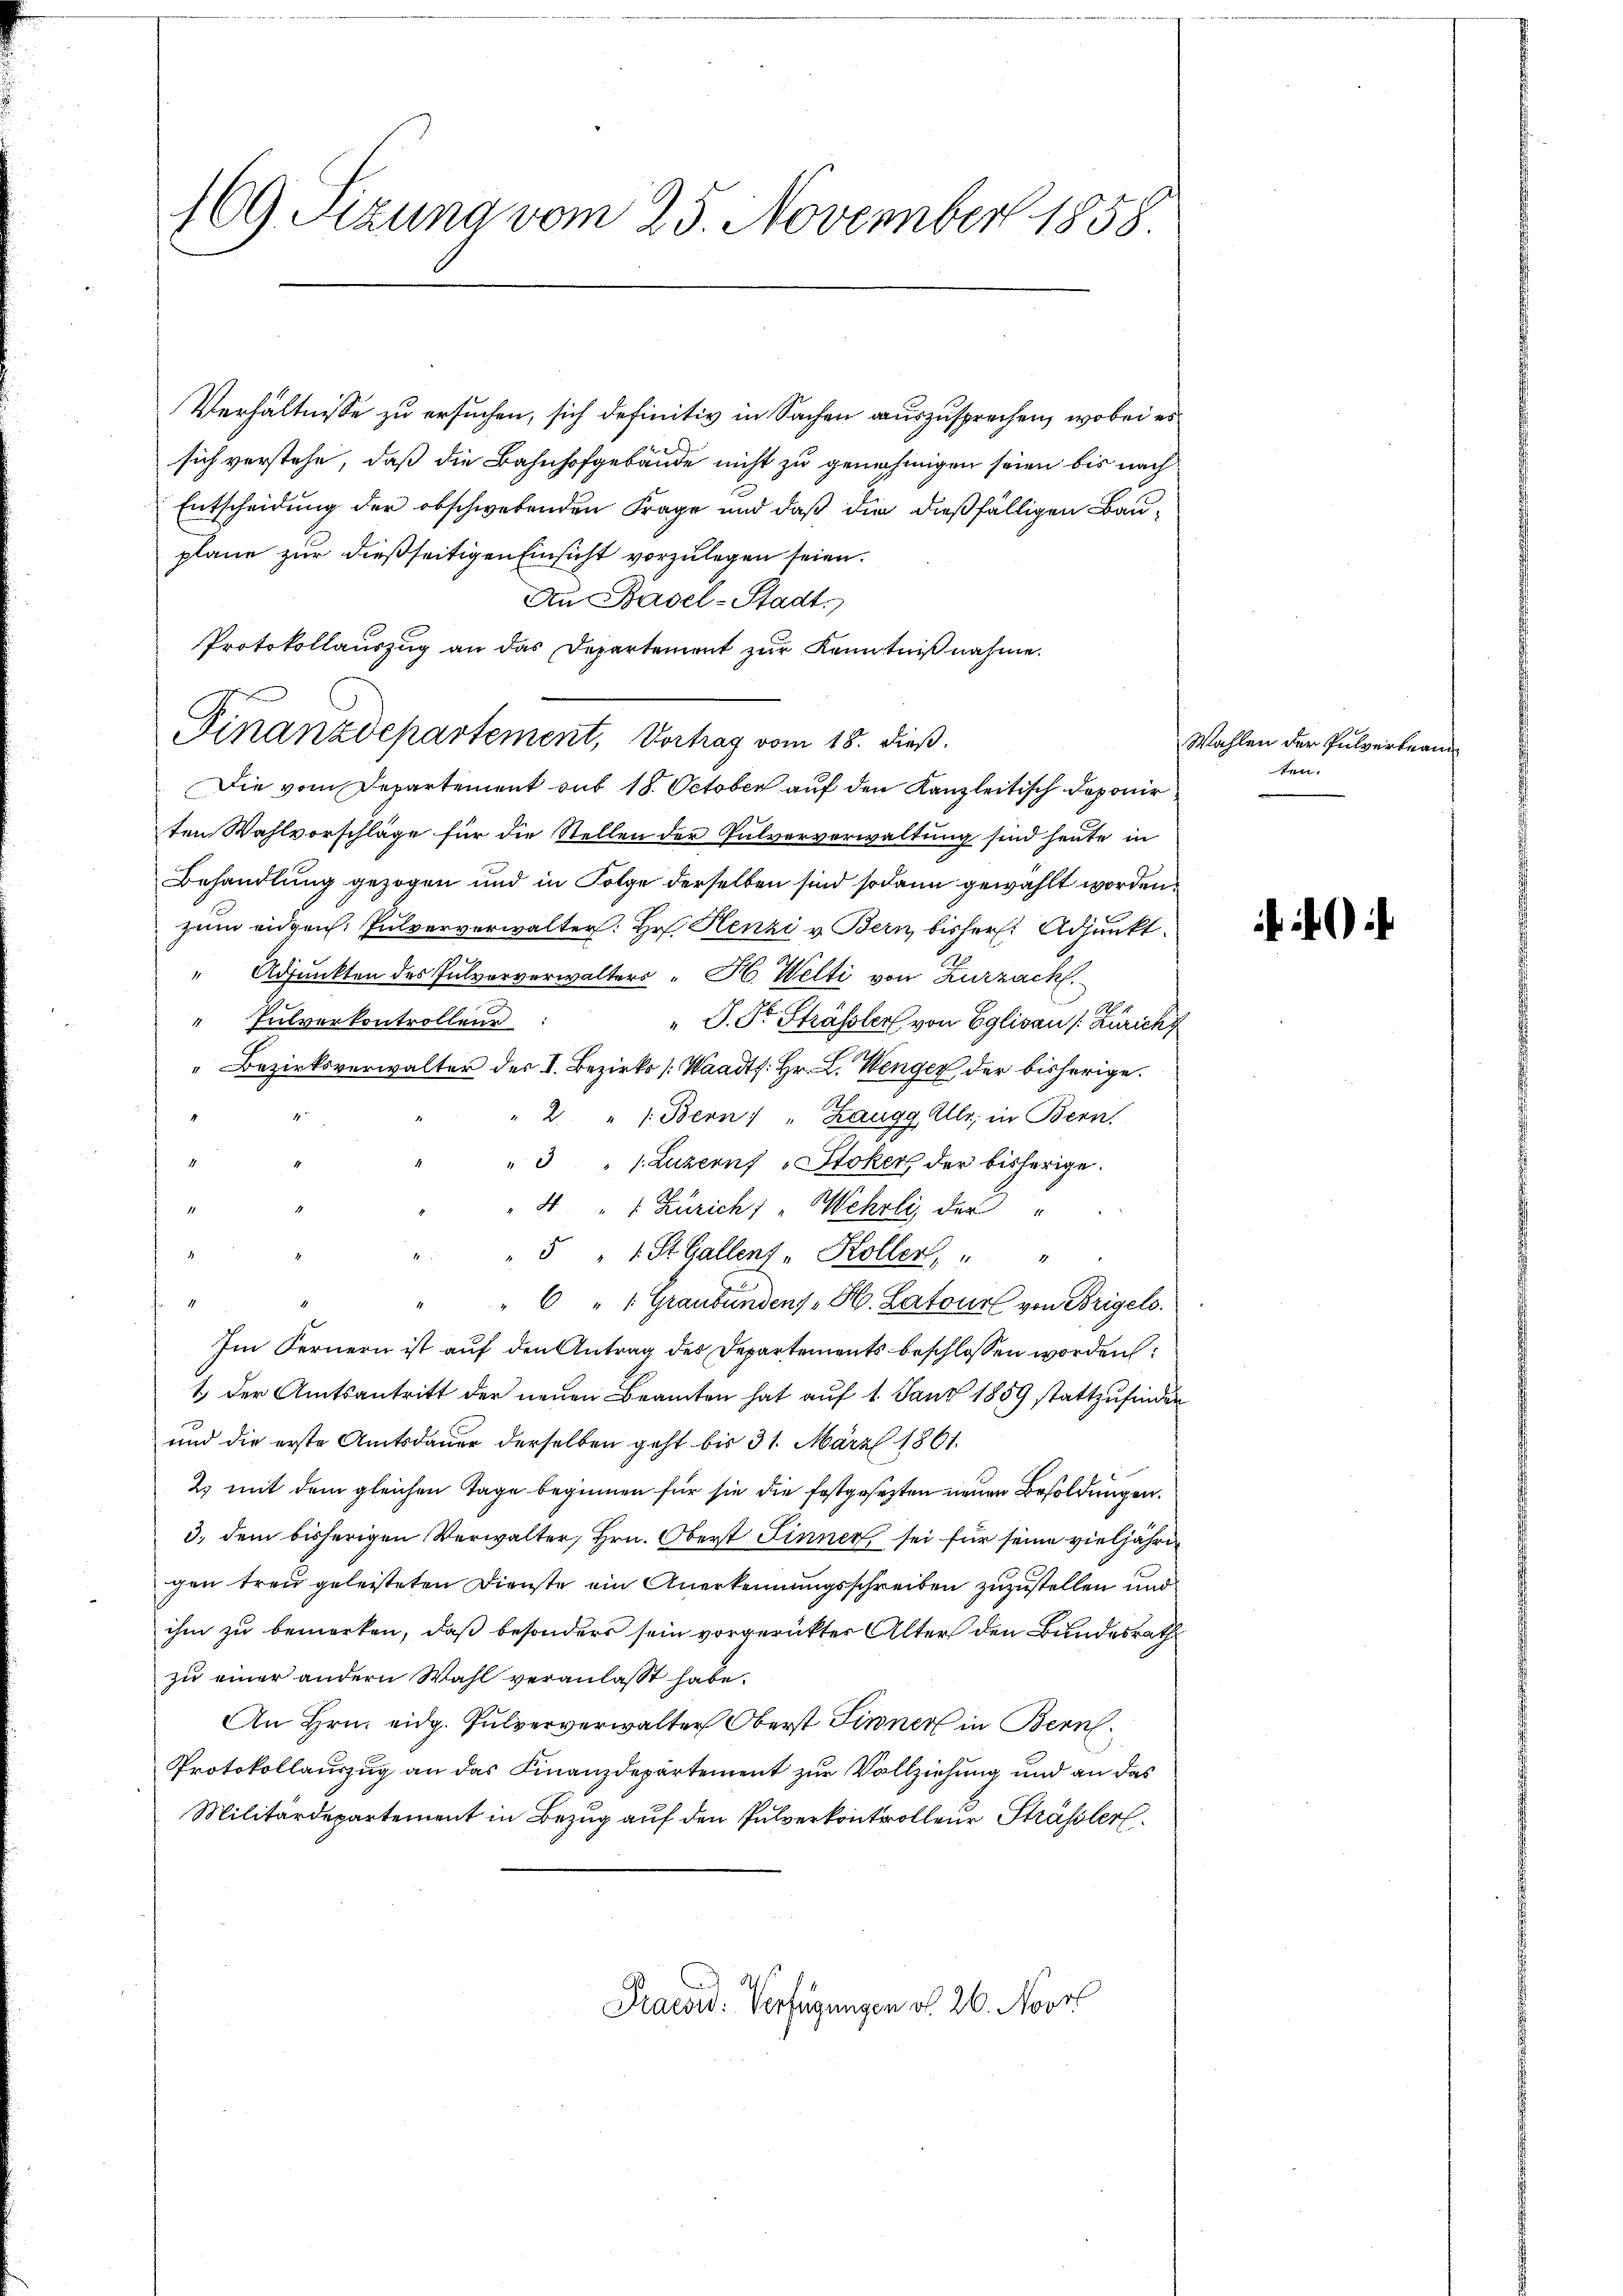
169. Sizung vom 25. November 1858

Verhältnisse zu ersuchen, sich definitiv in Sachen auszusprechen, wobei es
sich verstehe, daß die Bahnhofgebäude nicht zu genehmigen seien bis nach
Entscheidung der obschwebenden Frage und daß die dießfälligen Bauplane zur dießseitigen Einsicht vorzulegen seien.
An Basel-Stadt.
Protokollauszug an das Departement zur Kenntniß nahme.
Finanzdepartement, Vortrag vom 18. dieß.
Die vom Departement sub 18. October auf den Kanzleitisch deponir
ten Wahlvorschläge für die Stellen der Pulververwaltung sind heute in
Behandlung gezogen und in Folge derselben sind sodann gewählt worden.
zum eidgen. Pulververwalter: Hr. Henzi v. Bern bisher. Adjunkt.
" Adjunkten des Pulvorverwalters "H. Welti von Zurzach
"Intverkontrollen:
" J. St. Strassler von Eglisau (: Zürich
" Bezirksverwalter des I. Bezirks (Waadts. Hr. L. Wenger, der bisherige.
2 " 1. Bern: " Zaugg, Alls, in Bern,
2
" 3 " 1. Luzerns „Stoker, der bisherige.
1
4 1 Zürich: "Wehrli der "
1.
" 5 " 1 St. Gallent - Koller, " "
4
"6 " " Graubündens, H. Latour von Brigels.
Im Fernern ist auf den Antrag des Departements beschlossen worden
1.) Der Amtsantritt der neuen Beamten hat auf 1. Janz 1859 stattzufinden
und die erste Amtsdauer derselben geht bis 31. März 1861.
2) mit dem gleichen Tage beginnen für sie die festgesezten neuen Besoldungen.
3. dem bisherigen Verwalter, Hrn. Oberst Linner sei für seine vieljähre
gen treu geleisteten Dienste ein Anerkennungsschreiben zuzustellen und
ihm zu bemerken, daß besonders sein vorgerücktes Alter den Bundesrath
zu einer andern Wahl veranlasst habe.
An Hrn. eidg. Pulververwalter Oberst Firner in Bern
Protokollauszug an das Finanzdepartement zur Vollziehung und an das
Militärdepartement in Bezug auf den Pulverkontrolleur Strässler.
Praesid. Verfügungen d. 26. Nove

Wahlen der Pulverbeam
ten.